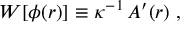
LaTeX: { \cal W } [ \phi ( r ) ] \equiv \kappa ^ { - 1 } \, A ^ { \prime } ( r ) \ ,